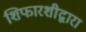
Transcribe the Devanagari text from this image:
शिफारशीद्वारा